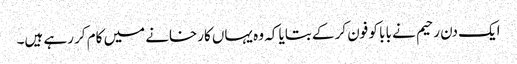
ایک دن رحیم نے بابا کو فون کر کے بتایا کہ وہ یہاں کارخانے میں کام کر رہے ہیں۔